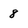
Character: 8